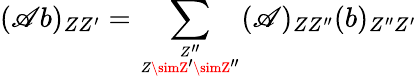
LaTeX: (\mathscr{A}b)_{ZZ^{\prime}}=\sum_{{Z^{\prime\prime}}\atop{Z\simZ^{\prime}\simZ^{\prime\prime}}}(\mathscr{A})_{ZZ^{\prime\prime}}(b)_{Z^{\prime\prime}Z^{\prime}}